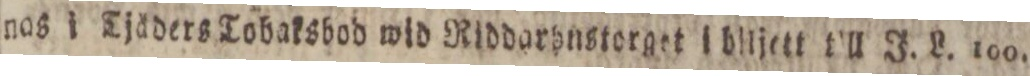
nas i Tjåders Tobaksbod wid Riddarhnstorget i blijett t’ll J. L. 100.